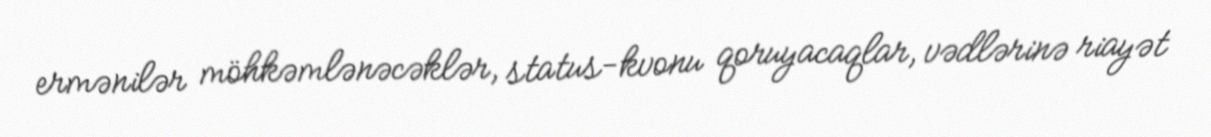
ermənilər möhkəmlənəcəklər, status-kvonu qoruyacaqlar, vədlərinə riayət